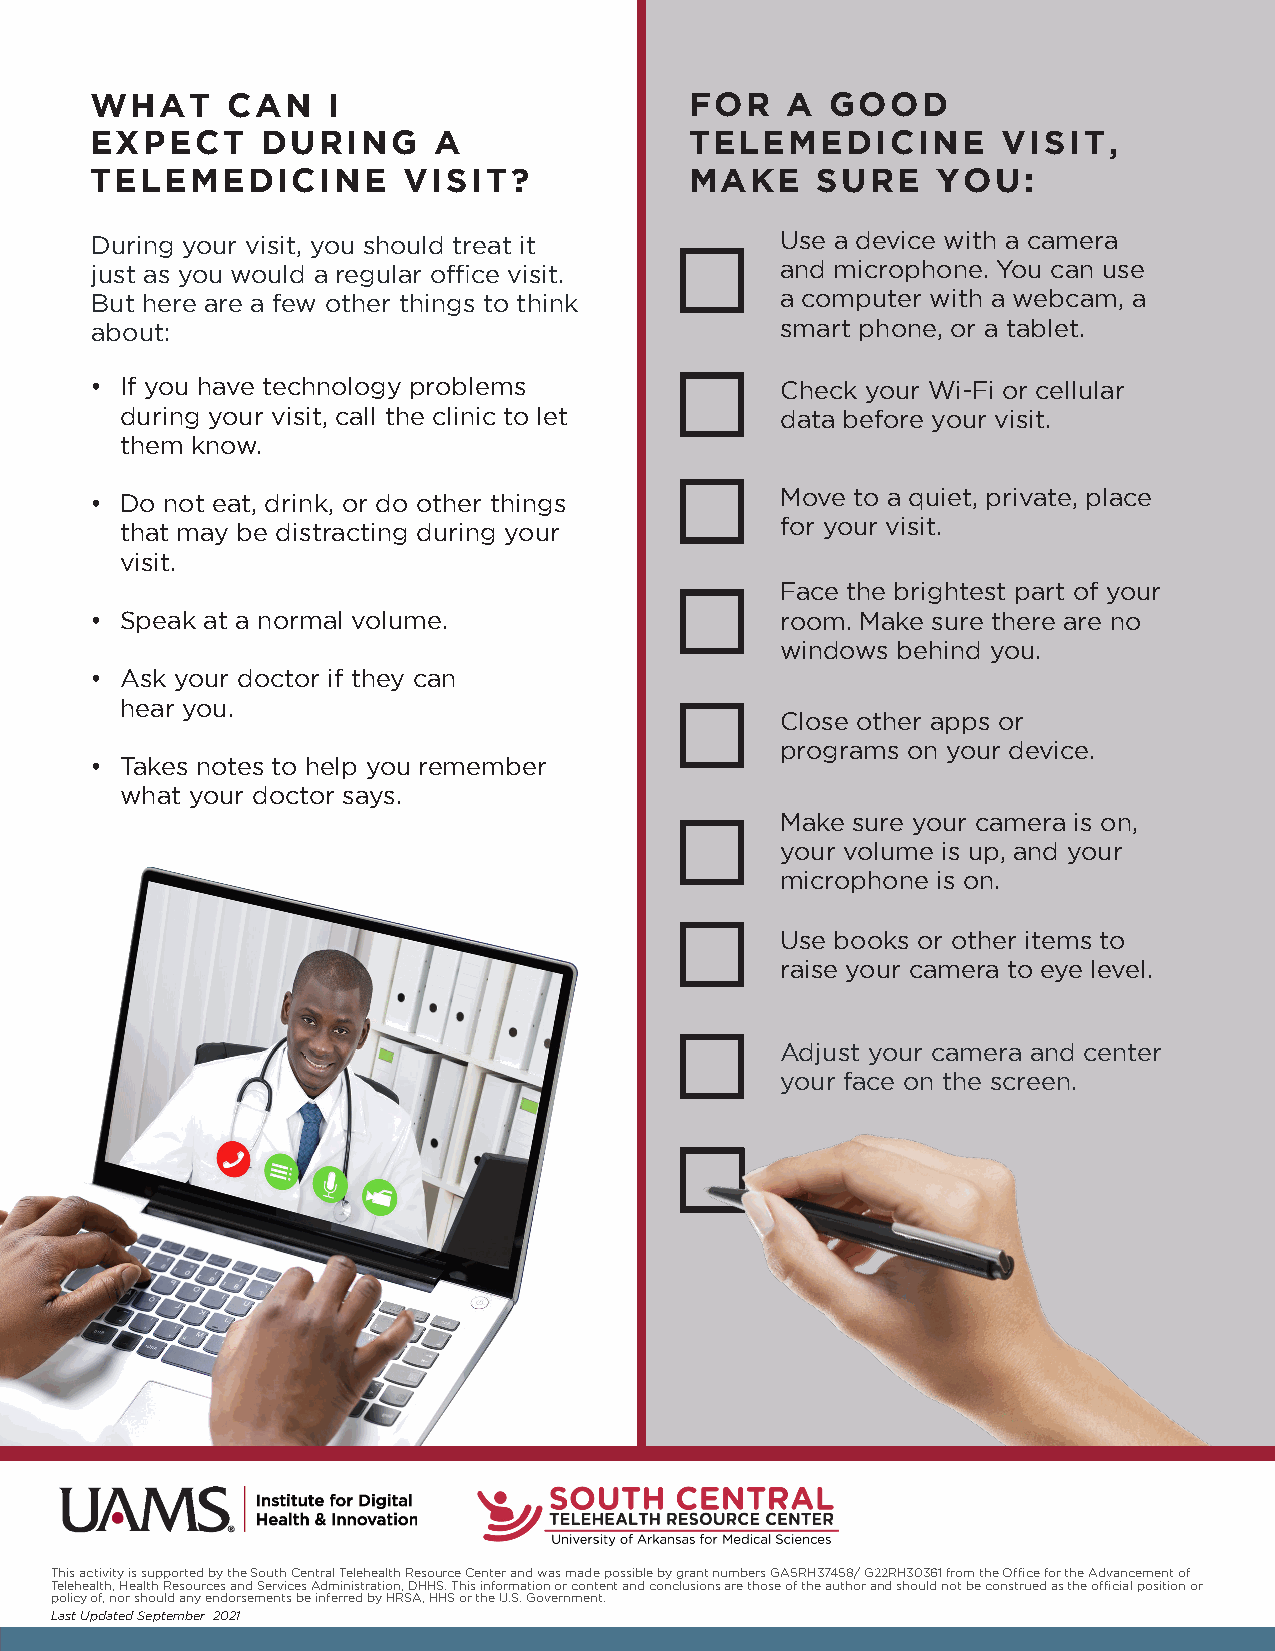
WHAT     CAN    I                       FOR   A  GOOD
 EXPECT     DURING      A                TELEMEDICINE        VISIT,
 TELEMEDICINE         VISIT?             MAKE    SURE    YOU:
 During your visit, you should treat it        Use a device with a camera
 just as you would a regular office visit.     and microphone. You can use
 But here are a few other things to think      a computer with a webcam, a
 about:                                        smart phone, or a tablet.
 • If you have technology problems             Check your Wi-Fi or cellular
 during your visit, call the clinic to let   data before your visit.
 them know.
 Move to a quiet, private, place
 • Do not eat, drink, or do other things
 for your visit.
 that may be distracting during your
 visit.
 Face the brightest part of your
 • Speak at a normal volume.                   room. Make sure there are no
 windows behind you.
 • Ask your doctor if they can
 hear you.
 Close other apps or
 programs on your device.
 • Takes notes to help you remember
 what your doctor says.
 Make sure your camera is on,
 your volume is up, and your
 microphone is on.
 Use books or other items to
 raise your camera to eye level.
 Adjust your camera and center
 your face on the screen.
 This activity is supported by the South Central Telehealth Resource Center and was made possible by grant numbers GA5RH37458/ G22RH30361 from the Office for the Advancement of
 Telehealth, Health Resources and Services Administration, DHHS. This information or content and conclusions are those of the author and should not be construed as the official position or
 policy of, nor should any endorsements be inferred by HRSA, HHS or the U.S. Government.
 Last Updated September 2021